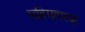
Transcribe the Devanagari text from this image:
महिमापरक